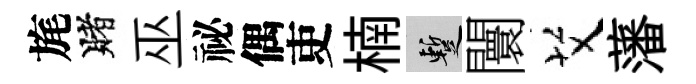
旄賭巫祕偶吏楠暫闤艾藩